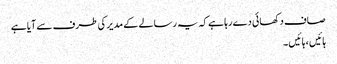
صاف دکھائی دے رہا ہے کہ یہ رسالے کے مدیر کی طرف سے آیا ہے
ہائیں ، ہائیں ۔